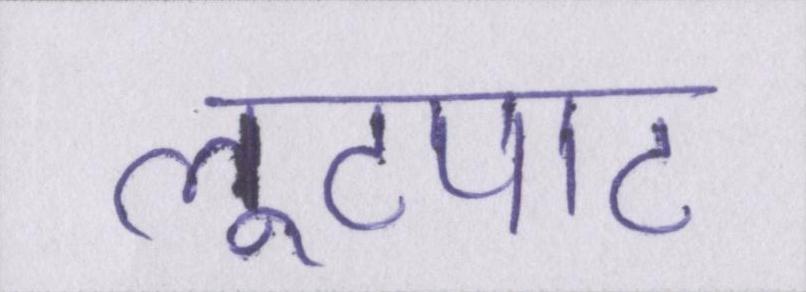
लूटपाट